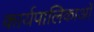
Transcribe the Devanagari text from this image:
कार्यपालिकाओं